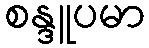
စန္ဒူပမာ